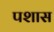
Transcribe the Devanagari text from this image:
पशास